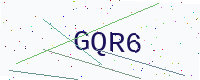
Text: GQR6